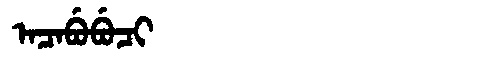
Manchu: ᠠᠴᠠᠪᡠᠪᡠᠴᡳ
Romanization: ACABUBUCI